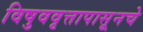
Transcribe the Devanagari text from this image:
विषुववृत्तापासूनचे